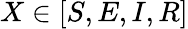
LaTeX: X\in[S,E,I,R]